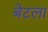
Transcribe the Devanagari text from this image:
बेटला